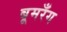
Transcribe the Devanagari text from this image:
बूमरँग